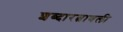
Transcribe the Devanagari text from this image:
शब्दारत्नावली